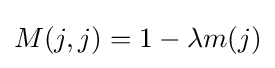
M(j,j)=1-\lambda m(j)